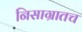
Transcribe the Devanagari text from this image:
निसाग्रातच